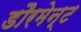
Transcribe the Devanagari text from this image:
डौरमेन्ट